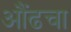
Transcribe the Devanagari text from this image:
औंढचा